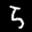
Label: 5